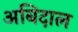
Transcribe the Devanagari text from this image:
अबिदाल